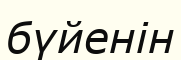
бүйенін